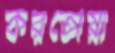
করতোয়া